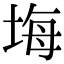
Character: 㙁